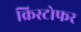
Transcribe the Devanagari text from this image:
क्रिस्‍टोफर